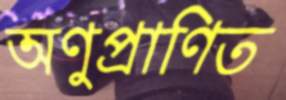
অণুপ্রাণিত